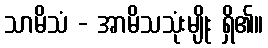
သာမိသံ - အာမိသသုံးမျိုး ရှိ၏။